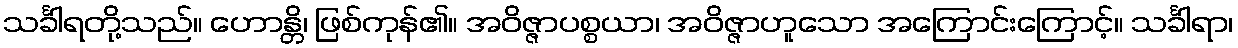
သင်္ခါရတို့သည်။ ဟောန္တိ၊ ဖြစ်ကုန်၏။ အဝိဇ္ဇာပစ္စယာ၊ အဝိဇ္ဇာဟူသော အကြောင်းကြောင့်။ သင်္ခါရာ၊